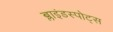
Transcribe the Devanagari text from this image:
ब्लाइंडस्पोट्स